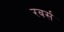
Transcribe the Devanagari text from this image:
रबर्स